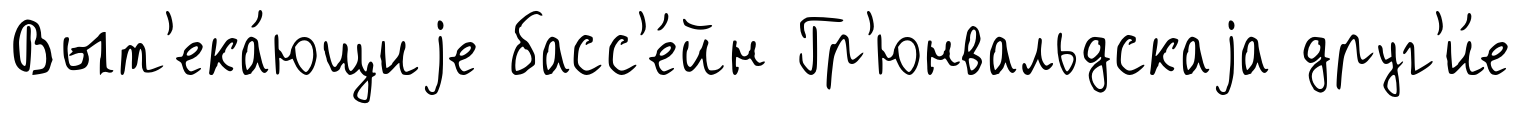
Выт'ека́ющиjе басс'е́йн Гр'юнвальдскаjа друг'и́е